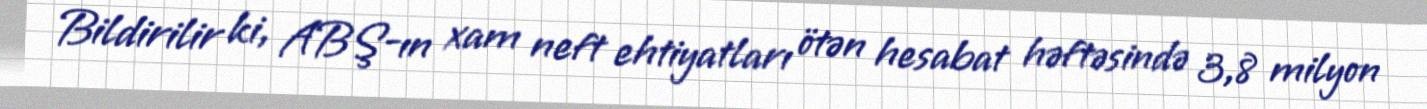
Bildirilir ki, ABŞ-ın xam neft ehtiyatları ötən hesabat həftəsində 3,8 milyon